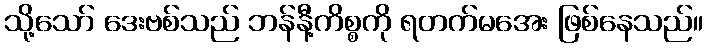
သို့သော် ဒေးဗစ်သည် ဘန်နီ့ကိစ္စကို ရတက်မအေး ဖြစ်နေသည်။